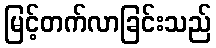
မြင့်တက်လာခြင်းသည်